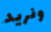
ونريد